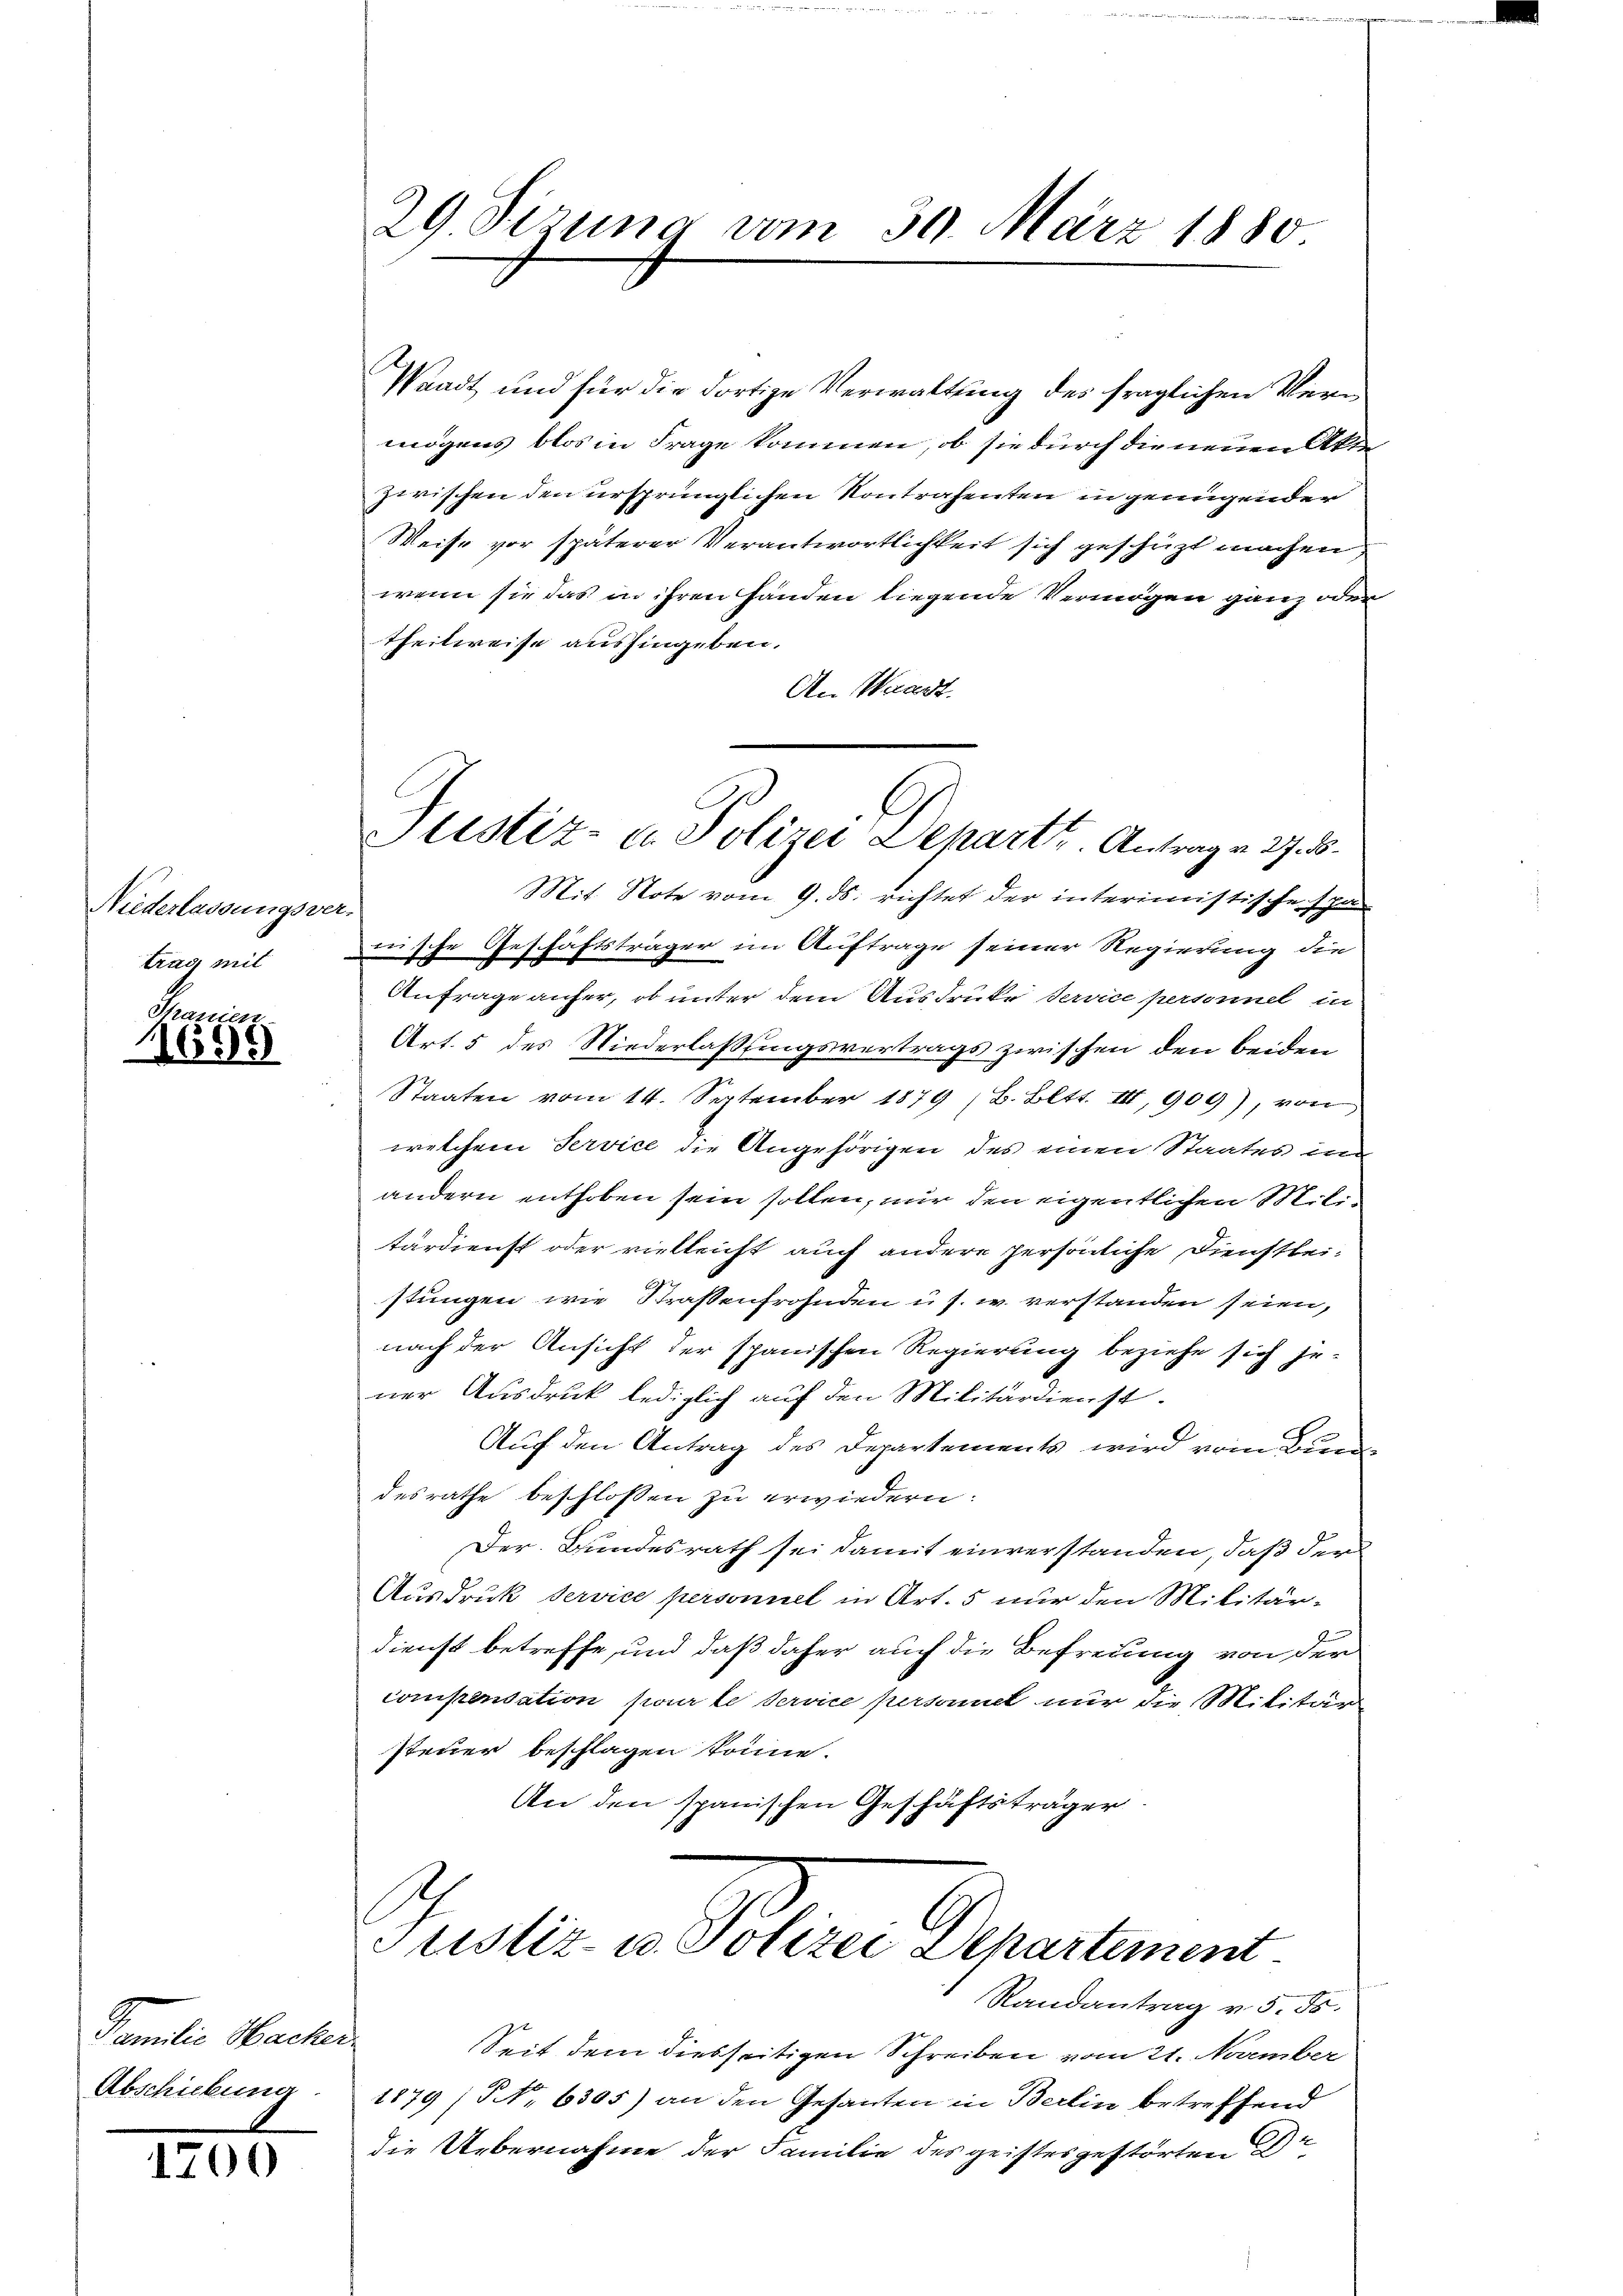
Niederlassungsver-
trag mit

i

Thranien
1699

Familie Nachen.
Abschickung

1700

29 Sizung vom 30. März 1880

E
Justiz- u. Polizei Depart u. Antrag v. 27. 55.

Waadt und für die dortige Verwaltung des fraglichen Vermögens blos in Frage kommen, ob sie durch die neuen Akte
zwischen den ursprünglichen Kontrahenten in genügender
Weise vor späterer Verantwortlichkeit sich geschüzt machen,
wenn sie das in ihren Handen liegende Vermögen ganz oder
theilweise aushingeben.
An Waadt.
Mit Note vom 9. ds. richtet der interimistische Span
häftsträger im Auftrage seiner Regierung die
h
nische Ges.
Anfrage aufer, ob unter dem Ausdrucke service personnel in
Art. 5 des Niederlassungsvertrags zwischen den beiden
Staaten vom 14. September 1879 (B. Bltt. III, 909), von
welchem Service die Angehörigen des einen Staates un
andern enthoben sein sollen, nur den eigentlichen Militärdienst oder vielleicht auch andere persönliche Dienstleistungen wie Strassenfrohnden u s. w. verstanden seien,
nach der Ansicht der spanischen Regierung beziehe sich jener Ausdruck lediglich auf den Militärdienst.
Auf den Antrag des Departements wird vom Bun
desrathe beschlossen zu erwiedern.
Der Bundesrath sei damit einverstanden, daß der
Ausdruck Service personnel in Art. 5 nur den Militärdienst betreffe, und daß daher auch die Befreiung von der
compensation pour le service personnel nur die Militär
steuer beschlagen könne.
An den spanischen Geschäftsträger

Justiz & Polize Departement
Randantrag v. 5. ds.

Seit dem diesseitigen Schreiben vom 21. November
1879 / NNo. 6305) an den Gesanten in Berlin betreffend
die Uebernahme der Familie des geistesgestörten